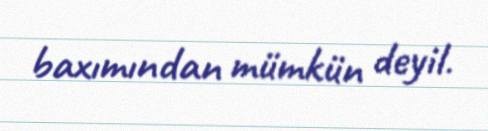
baxımından mümkün deyil.